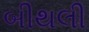
બીથલી